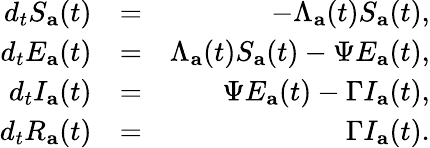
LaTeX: \begin{array}{rlr}{d_{t}S_{\mathbf{a}}(t)}&{=}&{-\Lambda_{\mathbf{a}}(t)S_{\mathbf{a}}(t),}\\ {d_{t}E_{\mathbf{a}}(t)}&{=}&{\Lambda_{\mathbf{a}}(t)S_{\mathbf{a}}(t)-\Psi E_{\mathbf{a}}(t),}\\ {d_{t}I_{\mathbf{a}}(t)}&{=}&{\Psi E_{\mathbf{a}}(t)-\Gamma I_{\mathbf{a}}(t),}\\ {d_{t}R_{\mathbf{a}}(t)}&{=}&{\Gamma I_{\mathbf{a}}(t).}\end{array}